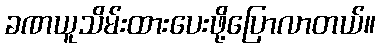
ခဏယူသိမ်းထားပေးဖို့ပြောလာတယ်။